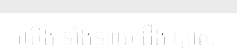
យើង ទាំងឡាយ ដឹង ច្បាស់